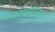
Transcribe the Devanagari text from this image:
ऐस्बेस्ट्स